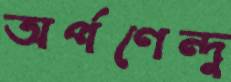
অর্পণেন্দু